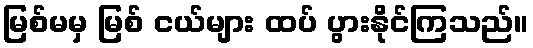
မြစ်မမှ မြစ် ငယ်များ ထပ် ပွားနိုင်ကြသည်။